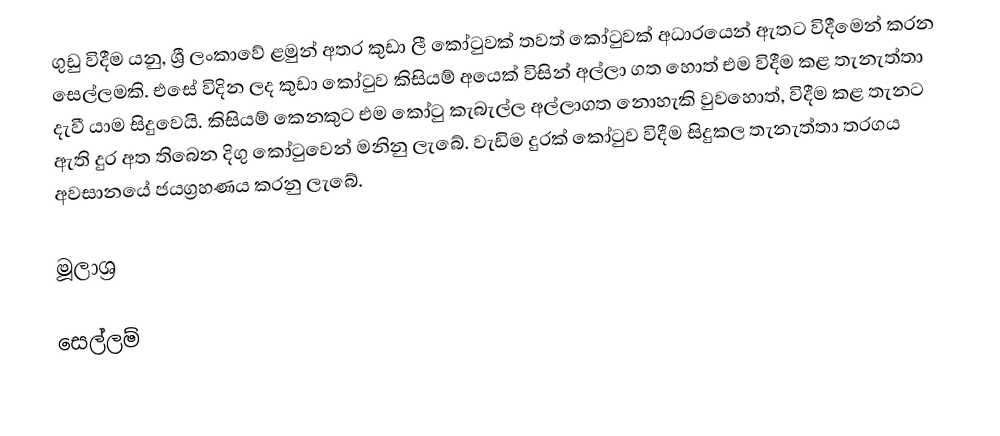
ගුඩු විදීම යනු, ශ්‍රී ලංකාවේ ළමුන් අතර කුඩා ලී කෝටුවක් තවත් කෝටුවක් අධාරයෙන් ඇතට විදීමෙන් කරන සෙල්ලමකි. එසේ විදින ලද කුඩා කෝටුව කිසියම් අයෙක් විසින් අල්ලා ගත හොත් එම විදීම කළ තැනැත්තා දැවී යාම සිදුවෙයි. කිසියම් කෙනකුට එම කෝටු කැබැල්ල අල්ලාගත නොහැකි වුවහොත්, විදීම කළ තැනට ඇති දුර අත තිබෙන දිගු කෝටුවෙන් මනිනු ලැබේ. වැඩිම දුරක් කෝටුව විදීම සිදුකල තැනැත්තා තරගය අවසානයේ ජයග්‍රහණය කරනු ලැබේ.

මූලාශ්‍ර

සෙල්ලම්